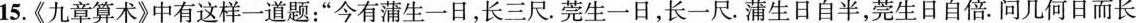
15.《九章算术》中有这样一道题：”今有蒲生一日，长三尺。莞生一日，长一尺。蒲生日自半，莞生日自倍。问几何日而长